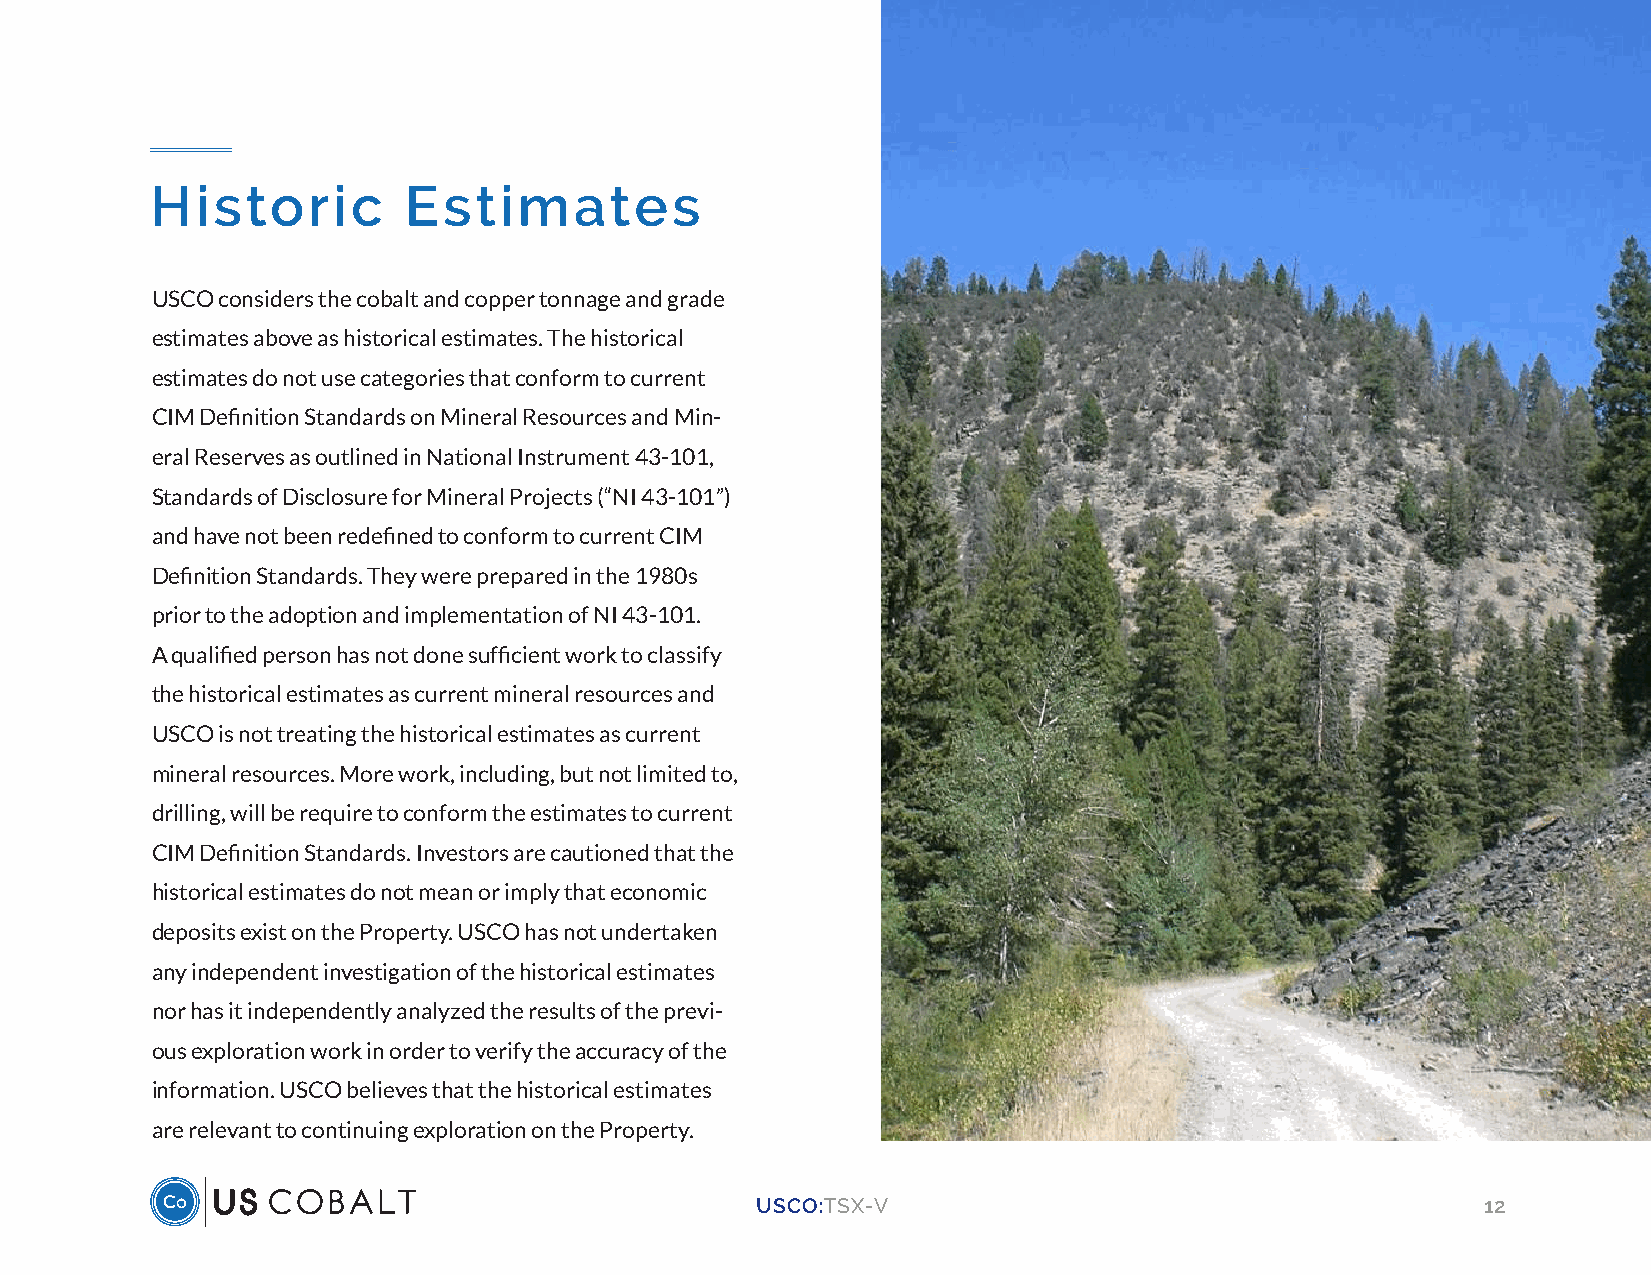
Historic         Estimates
 USCO considers the cobalt and copper tonnage and grade
 estimates above as historical estimates. The historical
 estimates do not use categories that conform to current
 CIM Definition Standards on Mineral Resources and Min-
 eral Reserves as outlined in National Instrument 43-101,
 Standards of Disclosure for Mineral Projects (“NI 43-101”)
 and have not been redefined to conform to current CIM
 Definition Standards. They were prepared in the 1980s
 prior to the adoption and implementation of NI 43-101.
 A qualified person has not done sufficient work to classify
 the historical estimates as current mineral resources and
 USCO is not treating the historical estimates as current
 mineral resources. More work, including, but not limited to,
 drilling, will be require to conform the estimates to current
 CIM Definition Standards. Investors are cautioned that the
 historical estimates do not mean or imply that economic
 deposits exist on the Property. USCO has not undertaken
 any independent investigation of the historical estimates
 nor has it independently analyzed the results of the previ-
 ous exploration work in order to verify the accuracy of the
 information. USCO believes that the historical estimates
 are relevant to continuing exploration on the Property.
 USCO:TSX-V                                      12